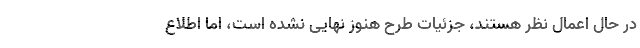
در حال اعمال نظر هستند، جزئیات طرح هنوز نهایی نشده است، اما اطلاع